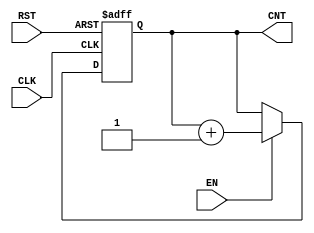
module DynamicAsynchronousCounter (
    input wire CLK,       // Clock input
    input wire RST,       // Asynchronous reset input
    input wire EN,        // Enable signal
    output reg [N-1:0] CNT // Count output, N is the width of the counter
);

// Define the width of the counter based on maximum count value
parameter N = 4; // Adjust N as necessary for your application

// Counter logic
always @(posedge CLK or posedge RST) begin
    if (RST) begin
        CNT <= 0; // Reset counter to zero
    end else if (EN) begin
        CNT <= CNT + 1; // Increment counter on clock rising edge when enabled
    end
end

endmodule